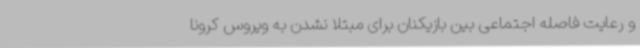
و رعایت فاصله اجتماعی بین بازیکنان برای مبتلا نشدن به ویروس کرونا